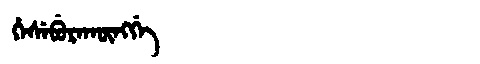
Manchu: ᡥᡝᠰᡝᠪᡠᡵᠠᡴᡡᠩᡤᡝ
Romanization: HESEBURAKŪNGGE